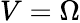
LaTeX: V=\Omega